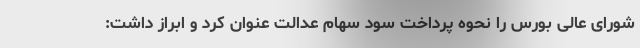
شورای عالی بورس را نحوه پرداخت سود سهام عدالت عنوان کرد و ابراز داشت: